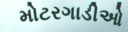
મોટરગાડીઓ